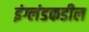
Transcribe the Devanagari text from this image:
इंग्लंडकडील